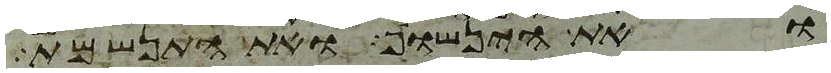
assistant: ואת הינשוף ואת התנשמת